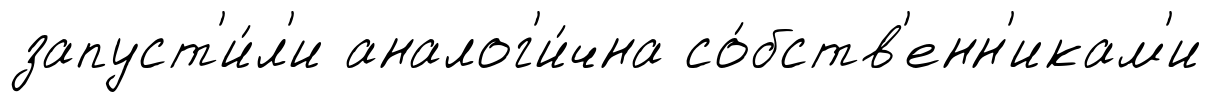
запуст'и́л'и аналог'и́чна со́бств'енн'икам'и